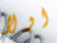
اولا